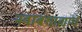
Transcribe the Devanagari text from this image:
नवाबशाह्यांचे